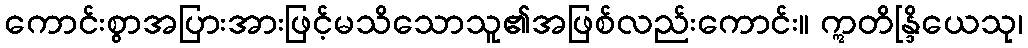
ကောင်းစွာအပြားအားဖြင့်မသိသောသူ၏အဖြစ်လည်းကောင်း။ ဣတိန္ဒြိယေသု၊